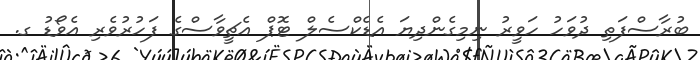
ބުރާސްފަތި ދުވަހު ހަވީރު ނިމިގެންދިޔަ އެޑެކްސެލް ޓޮޕް އެޗީވާސްގެ ފަހުރުވެރި އެވޯޑު ގ.